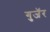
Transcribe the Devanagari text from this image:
गुजॅर